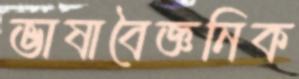
ভাষাবৈজ্ঞনিক